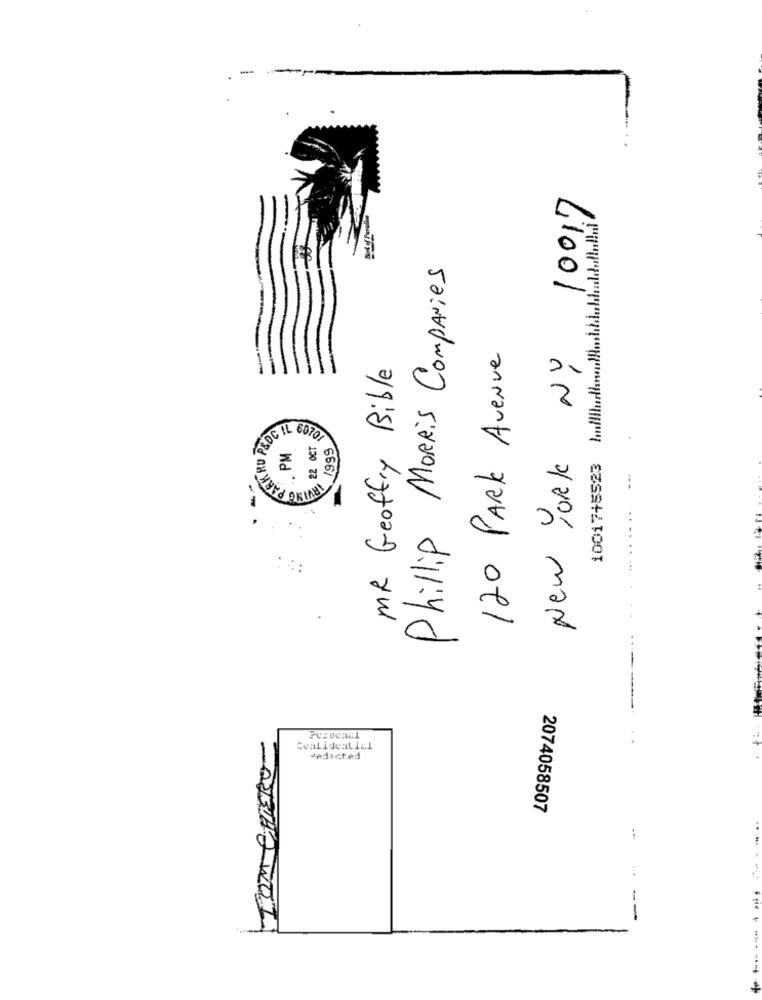
10017
10017+5523 M./ ...........................
Phillip Morris Companies
120 PARK Avenue
NY
MR Geoffry Bible
SKRU P&DCI
LOC IL 6070
, 22 OCT
/999
PM
New York
PARRA
. P
1
Cealideaticl
RO
dedicted
2074058507
TOM OR
-